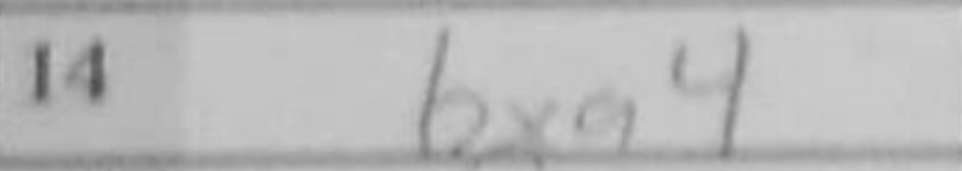
Transcription: bxa4